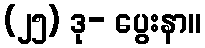
(၂၅) ဒု- ပွေးနာ။